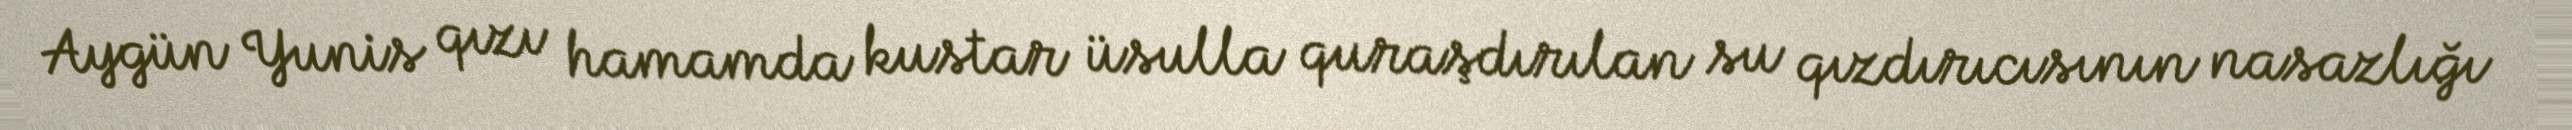
Aygün Yunis qızı hamamda kustar üsulla quraşdırılan su qızdırıcısının nasazlığı